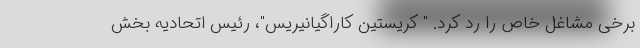
برخی مشاغل خاص را رد کرد. " کریستین کاراگیانیریس"، رئیس اتحادیه بخش